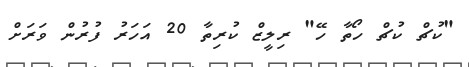
"ކުޗް ކުޗް ހޯތާ ހޭ" ރިލީޒް ކުރިތާ 20 އަހަރު ފުރުން ވަރަށް